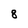
Character: 8